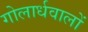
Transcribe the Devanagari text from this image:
गोलार्धवालों